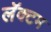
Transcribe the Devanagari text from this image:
लॅक्टम